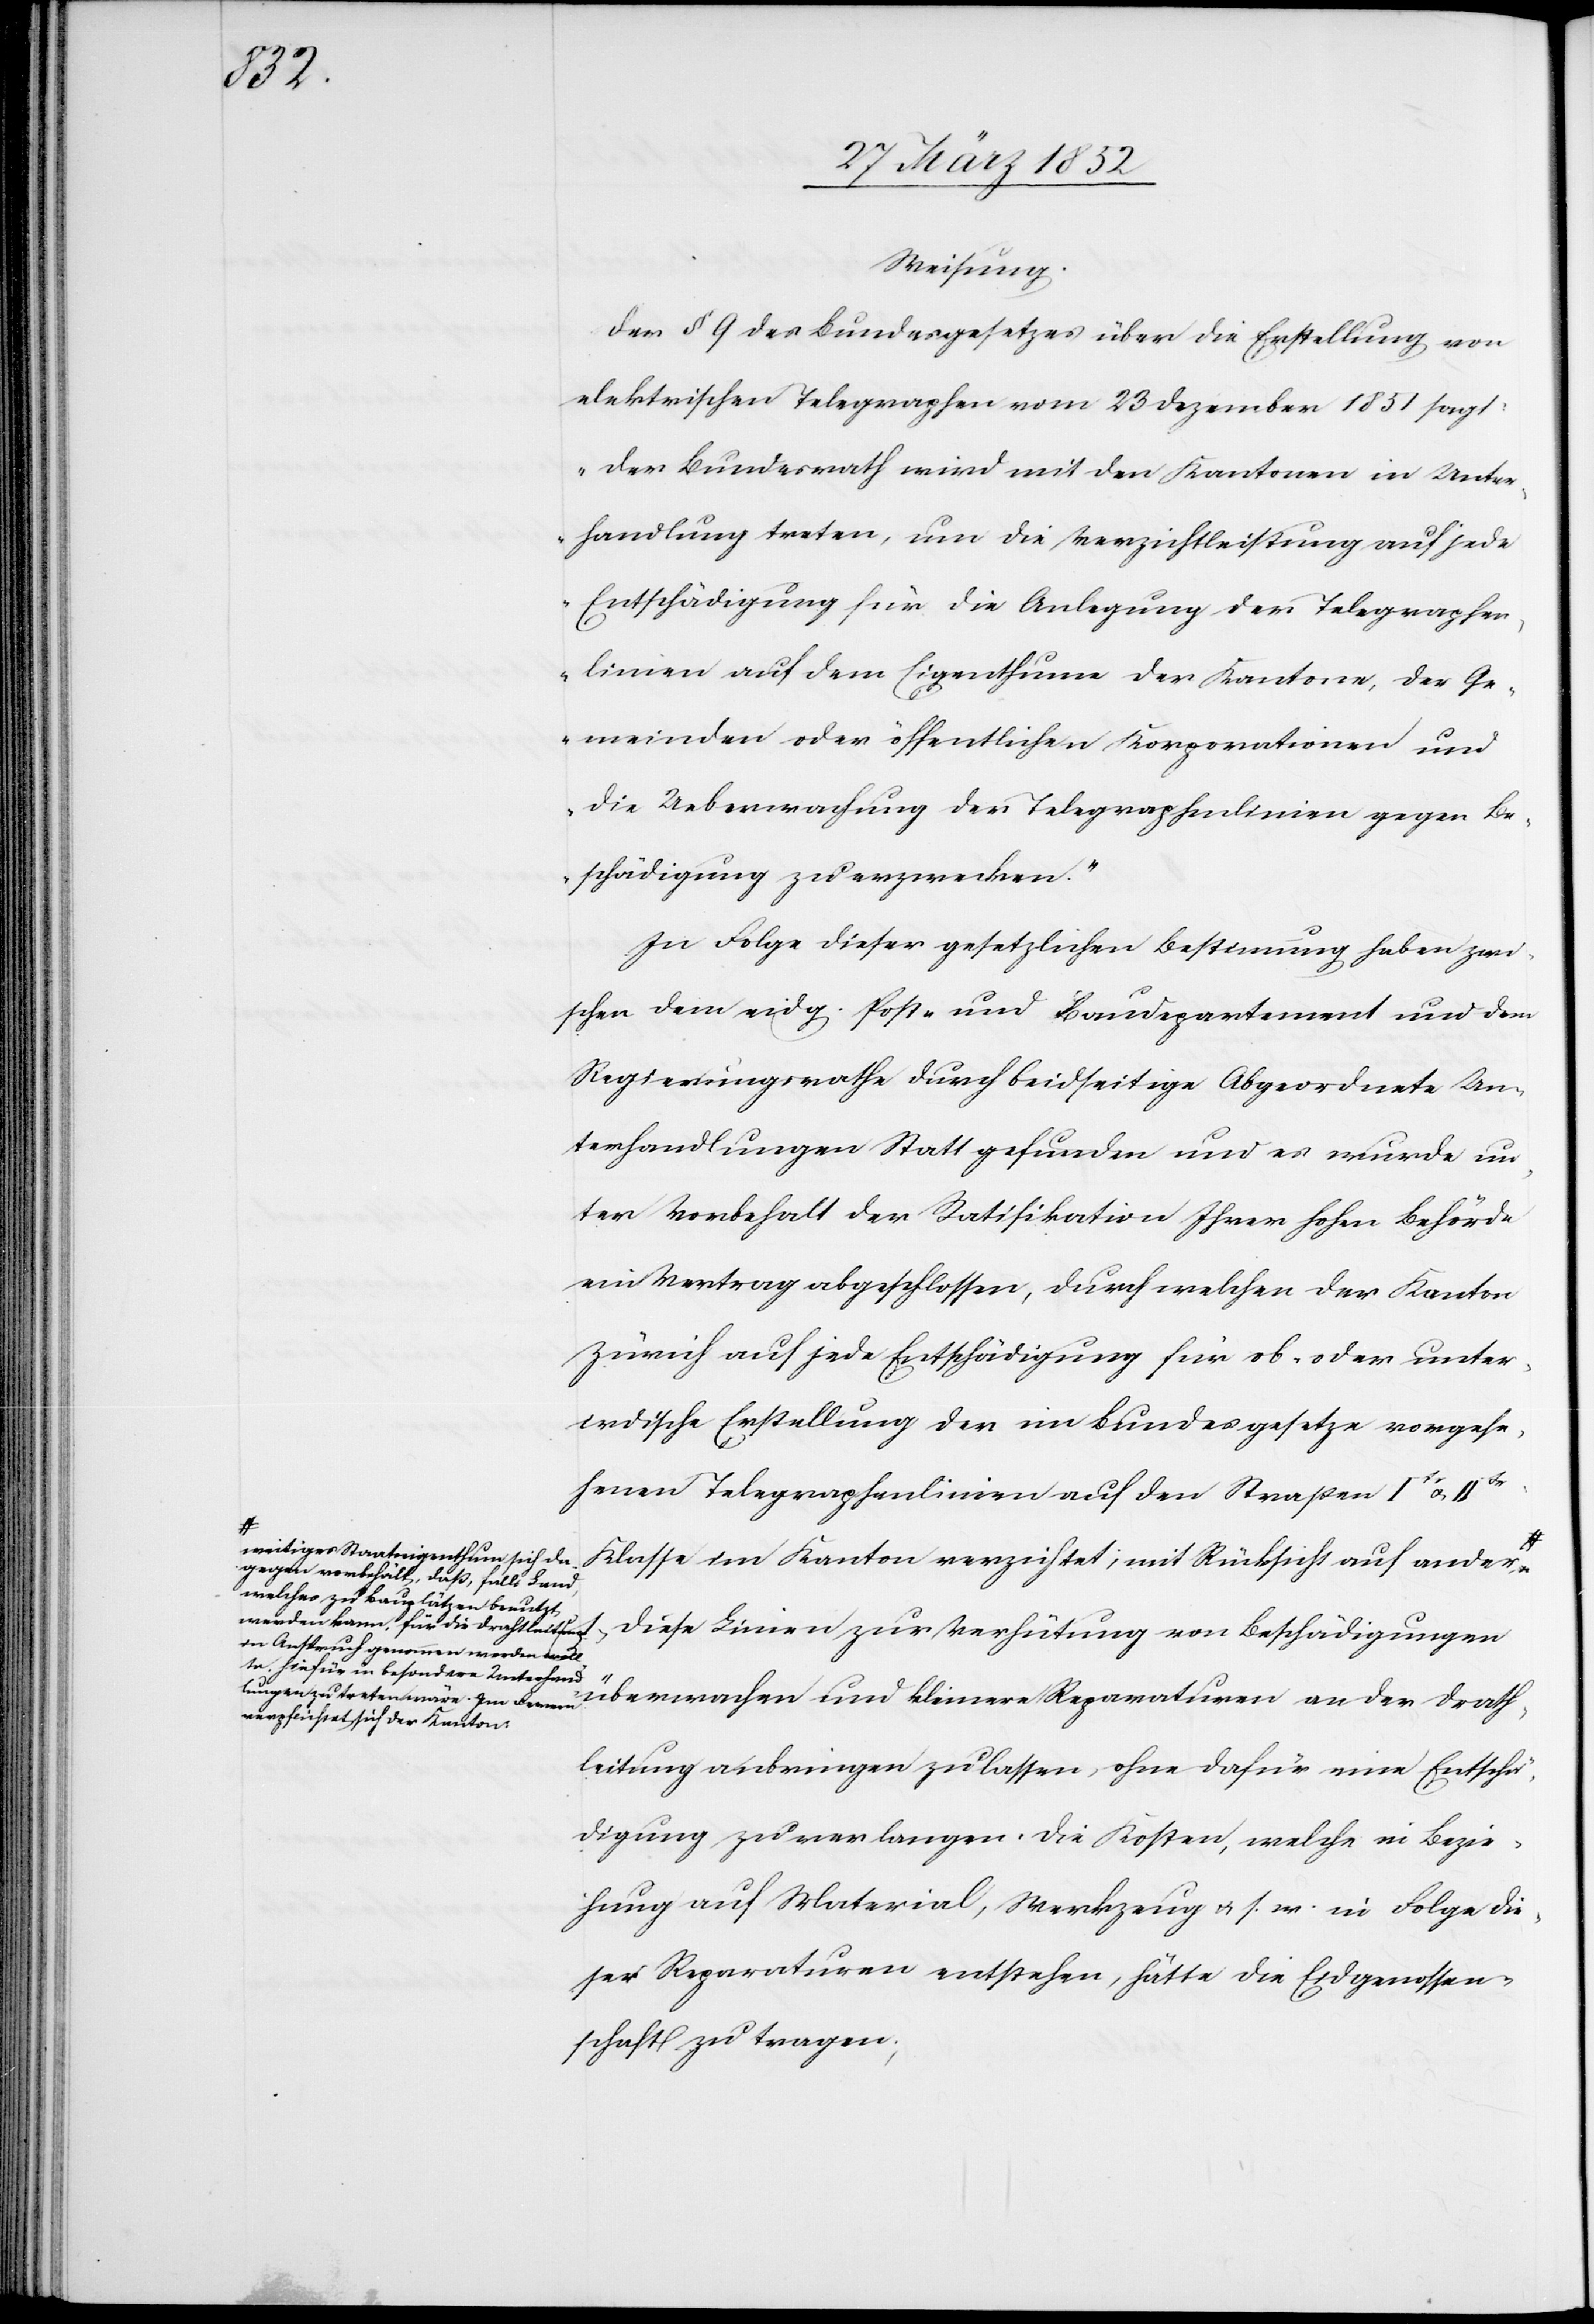
gegen

Weisung.
Der § 9 des Bundesgesetzes über die Erstellung von
elektrischen Telegraphen vom 23 Dezember 1851 sagt:
„Der Bundesrath wird mit den Kantonen in Unter¬
handlung treten, um die Verzichtleistung auf jede
Entschädigung für die Anlegung der Telegraphen¬
linien auf dem Eigenthum der Kantone, der Ge¬
meinden oder öffentlichen Korporationen und
die Ueberwachung der Telegraphenlinien gegen Be¬
schädigung zu erzwecken.“
In Folge dieser gesetzlichen Bestimmung haben zwi¬
schen dem eidg. Post- und Baudepartement und dem
Regierungsrathe durch beidseitige Abgeordnete Un¬
terhandlungen Statt gefunden und es wurde un¬
ter Vorbehalt der Ratifikationen Ihrer hohen Behörde
ein Vertrag abgeschlossen, durch welchen der Kanton
Zürich auf jede Entschädigung für ob- oder unter¬
irdische Erstellung der im Bundesgesetze vorgese¬
henen Telegraphenlinien auf den Straßen Ite u.
weitiges Staatseigenthum sich da¬
Klasse im Kanton verzichtet, mit Rücksicht auf ander¬
vorbehält, daß, falls Land,
welches zu Bauplätzen benutzt
werden kann, für die Drahtleitung
diese Linien zur Verhütung von Beschädigungen
in Anspruch genommen werden woll¬
te, hiefür in besondere Unterhand¬
lungen zu treten wäre. Im Fernern
überwachen und kleinere Reparaturen an der Draht¬
verpflichtet sich der Kanton,
leitung anbringen zu lassen, ohne dafür eine Entschä¬
digung zu verlangen. Die Kosten, welche in Bezie¬
hung auf Material, Werkzeug u. s. w. in Folge die¬
ser Reparaturen entstehen, hätte die Eidgenossen¬
schaft zu tragen.